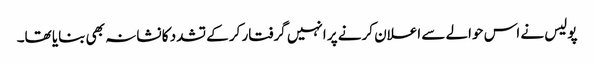
پولیس نے اس حوالے سے اعلان کرنے پر انہیں گرفتار کر کے تشدد کا نشانہ بھی بنایا تھا۔